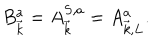
B _ { \vec { k } } ^ { a } = A _ { \vec { k } } ^ { S , a } = A _ { \vec { k } , L } ^ { a } .